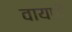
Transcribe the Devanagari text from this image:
वायपी